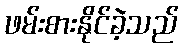
ဖမ်းစားနိုင်ခဲ့သည်